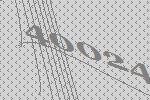
40024